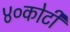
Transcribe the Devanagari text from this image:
४०कोटी